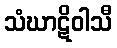
သံဃာဋိဝါသီ